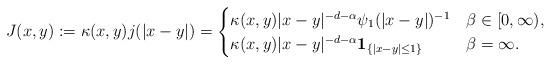
LaTeX: \begin{align*} J(x, y) := \kappa(x,y) j(|x-y|) = \begin{cases} \kappa(x,y) |x-y|^{-d-\alpha} \psi_1 (|x-y|)^{-1} & \beta \in [0, \infty),\\ \kappa(x,y) |x-y|^{-d-\alpha}{\bf 1}_{\{|x-y| \le1\}} & \beta = \infty. \end{cases}\end{align*}